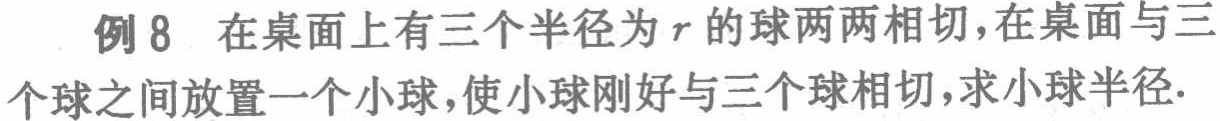
例 8 在桌面上有三个半径为\(r\)的球两两相切，在桌面与三个球之间放置一个小球，使小球刚好与三个球相切，求小球半径.